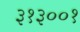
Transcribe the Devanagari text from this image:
३१३००१